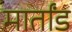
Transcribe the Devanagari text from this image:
मार्तांड